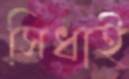
সিধাই